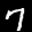
Label: 7